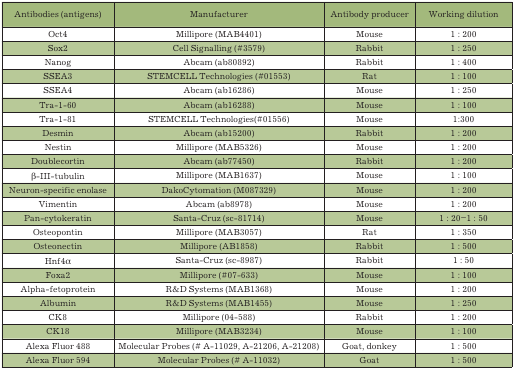
<table><thead><tr><td><b>Antibodies (antigens)</b></td><td><b>Manufacturer</b></td><td><b>Antibody producer</b></td><td><b>Working dilution</b></td></tr></thead><tbody><tr><td>Oct4</td><td>Millipore (MAB4401)</td><td>Mouse</td><td>1 : 200</td></tr><tr><td>Sox2</td><td>Cell Signalling (#3579)</td><td>Rabbit</td><td>1 : 250</td></tr><tr><td>Nanog</td><td>Abcam (ab80892)</td><td>Rabbit</td><td>1 : 400</td></tr><tr><td>SSEA3</td><td>STEMCELL Technologies (#01553)</td><td>Rat</td><td>1 : 100</td></tr><tr><td>SSEA4</td><td>Abcam (ab16286)</td><td>Mouse</td><td>1 : 250</td></tr><tr><td>Tra-1-60</td><td>Abcam (ab16288)</td><td>Mouse</td><td>1 : 100</td></tr><tr><td>Tra-1-81</td><td>STEMCELL Technologies(#01556)</td><td>Mouse</td><td>1 : 300</td></tr><tr><td>Desmin</td><td>Abcam (ab15200)</td><td>Rabbit</td><td>1 : 200</td></tr><tr><td>Nestin</td><td>Millipore (MAB5326)</td><td>Mouse</td><td>1 : 200</td></tr><tr><td>Doublecortin</td><td>Abcam (ab77450)</td><td>Rabbit</td><td>1 : 200</td></tr><tr><td>β-III-tubulin</td><td>Millipore (MAB1637)</td><td>Mouse</td><td>1 : 100</td></tr><tr><td>Neuron-specific enolase</td><td>DakoCytomation (M087329)</td><td>Mouse</td><td>1 : 200</td></tr><tr><td>Vimentin</td><td>Abcam (ab8978)</td><td>Mouse</td><td>1 : 200</td></tr><tr><td>Pan-cytokeratin</td><td>Santa-Cruz (sc-81714)</td><td>Mouse</td><td>1 : 20 - 1 : 50</td></tr><tr><td>Osteopontin</td><td>Millipore (MAB3057)</td><td>Rat</td><td>1 : 350</td></tr><tr><td>Osteonectin</td><td>Millipore (AB1858)</td><td>Rabbit</td><td>1 : 500</td></tr><tr><td>Hnf4α</td><td>Santa-Cruz (sc-8987)</td><td>Rabbit</td><td>1 : 50</td></tr><tr><td>Foxa2</td><td>Millipore (#07-633)</td><td>Mouse</td><td>1 : 100</td></tr><tr><td>Alpha-fetoprotein</td><td>R &amp; D Systems (MAB1368)</td><td>Mouse</td><td>1 : 200</td></tr><tr><td>Albumin</td><td>R &amp; D Systems (MAB1455)</td><td>Mouse</td><td>1 : 250</td></tr><tr><td>CK8</td><td>Millipore (04-588)</td><td>Rabbit</td><td>1 : 200</td></tr><tr><td>CK18</td><td>Millipore (MAB3234)</td><td>Mouse</td><td>1 : 100</td></tr><tr><td>Alexa Fluor 488</td><td>Molecular Probes (# A-11029, A-21206, A-21208)</td><td>Goat, donkey</td><td>1 : 500</td></tr><tr><td>Alexa Fluor 594</td><td>Molecular Probes (# A-11032)</td><td>Goat</td><td>1 : 500</td></tr></tbody></table>